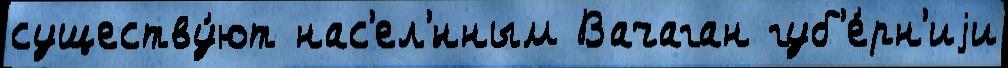
существу́ют нас'ел'́нным Вачаган губ'е́рн'иjи